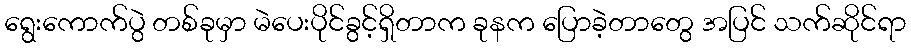
ရွေးကောက်ပွဲ တစ်ခုမှာ မဲပေးပိုင်ခွင့်ရှိတာက ခုနက ပြောခဲ့တာတွေ အပြင် သက်ဆိုင်ရာ